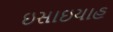
ઇસાઇયાહ